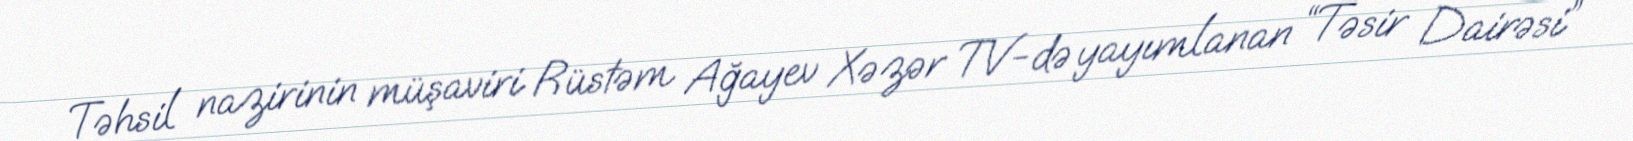
Təhsil nazirinin müşaviri Rüstəm Ağayev Xəzər TV-də yayımlanan “Təsir Dairəsi”